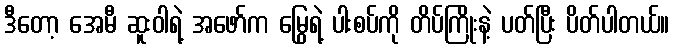
ဒီတော့ အေမီ ဆူးဝါရဲ့ အဖော်က မြွေရဲ့ ပါးစပ်ကို တိပ်ကြိုးနဲ့ ပတ်ပြီး ပိတ်ပါတယ်။